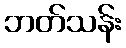
ဘတ်သန်း